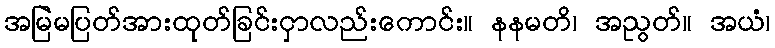
အမြဲမပြတ်အားထုတ်ခြင်းငှာလည်းကောင်း။ နနမတိ၊ အညွတ်။ အယံ၊